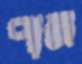
পান